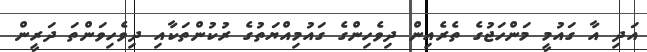
އަދި އާ ގައުމީ މަންހަޖުގެ ތެރެއިން ދިވެހިންގެ ގައުމިއްޔަތުގެ ރުކުންތަކާއި ދިވެހިވަންތަ ދަރީން